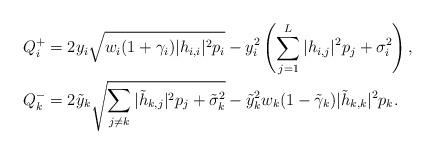
LaTeX: \begin{align*} Q^+_i&=2y_i\sqrt{w_i(1+\gamma_i)|h_{i,i}|^2p_i}-y^2_i\left(\sum_{j=1}^{L}|h_{i,j}|^2p_j+\sigma^2_i\right),\\ Q_k^-&={2\tilde{y}_k\sqrt{\sum_{j\ne k}|\tilde{h}_{k,j}|^2 p_j+\tilde{\sigma}^2_k}-\tilde{y}_k^2w_k(1-\tilde{\gamma}_k)|\tilde{h}_{k,k}|^2p_k}.\end{align*}